Preliminary report on the development of the Leishman-Donovan body in the bed bug - Number 27
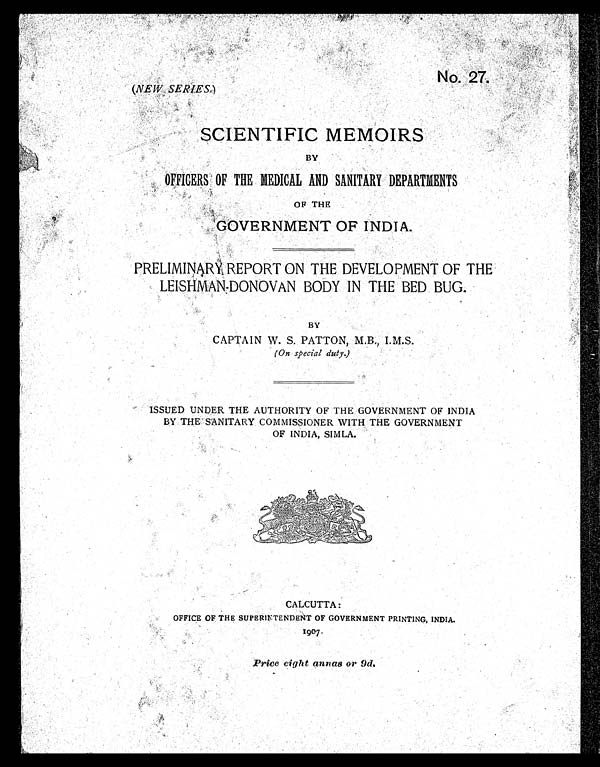
No. 27.
( NEW SERIES.)
SCIENTIFIC MEMOIRS
BY
OFFICERS OF THE MEDICAL AND SANITARY DEPARTMENTS
0F THE
GOVERNMENT OF INDIA.
PRELIMINARY REPORT ON THE DEVELOPMENT OF THE
LEISHMAN-DONOVAN BODY IN THE BED BUG.
BY
CAPTAIN W. S. PATTON, M.B, I.M.S.
(On special duty.)
ISSUED UNDER THE AUTHORITY OF THE GOVERNMENT' OF INDIA
BY THE SANITARY COMMISSIONER WITH THE GOVERNMENT
OF INDIA, SIMLA.
CALCUTTA:
OFFICE OF. THE SUPERINTENDENT OF GOVERNMENT PRINTING, INDIA.
1907
Price eight annas or 9d.